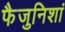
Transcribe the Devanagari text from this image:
फैजुनिशां